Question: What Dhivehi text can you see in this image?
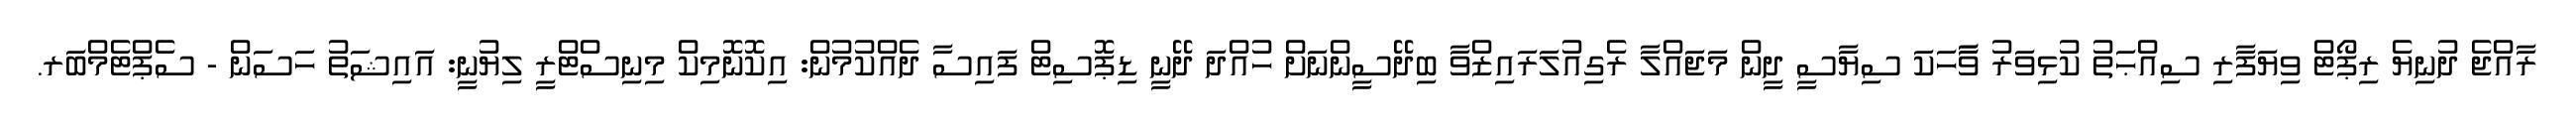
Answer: ރާއްޖެ ދުނިޔެ ރިޕޯޓް ވިޔަފާރި ސިއްޙަތު ކުޅިވަރު ވާާހަކަ ސިޔާސީ ދީން މަޖައްލާ ރެގިއުލަރައިޒްވާ ބިދޭސީންނަށް ހުއްދަ ދޭނީ ޑިޕޮސިޓް ފައިސާ ދެއްކުމުން: އިކޮނޮމިކް މިނިސްޓްރީ ލިޔުނީ: އައިޝަތު ހަސަން - ސެޕްޓެމްބަރ.